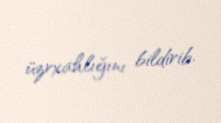
üzrxahlığını bildirib.